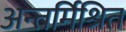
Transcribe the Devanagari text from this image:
अन्तर्मिश्रित